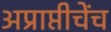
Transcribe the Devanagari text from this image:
अप्राप्तीचेंच